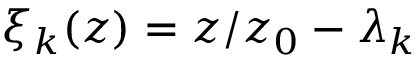
\xi _ { k } ( z ) = z / z _ { 0 } - \lambda _ { k }